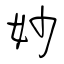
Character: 妙